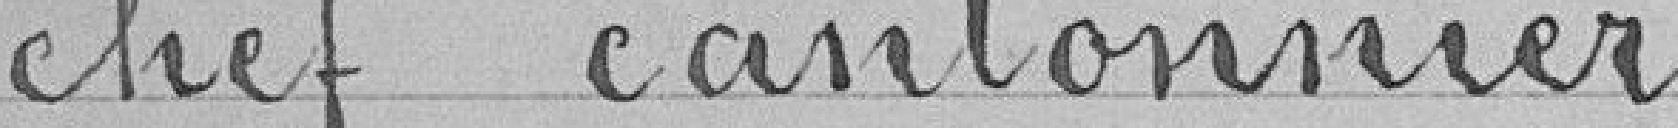
chef cantonnier